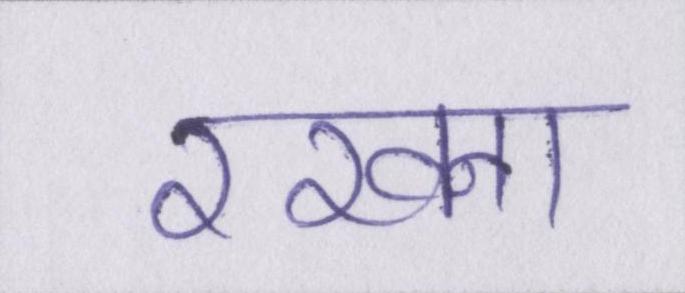
रखना